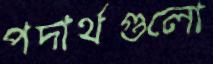
পদার্থগুলো